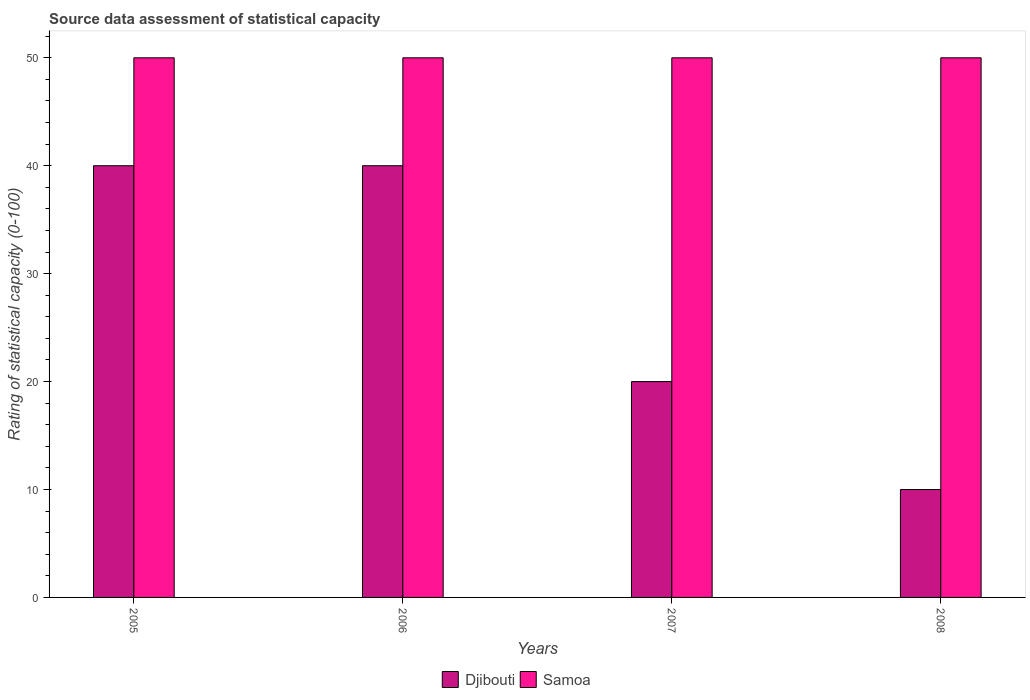
| Years | Djibouti | Samoa |
 | --- | --- | --- |
 | 2005 | 40 | 50 |
 | 2006 | 40 | 50 |
 | 2007 | 20 | 50 |
 | 2008 | 10 | 50 |